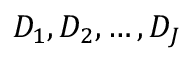
D _ { 1 } , D _ { 2 } , \ldots , D _ { J }